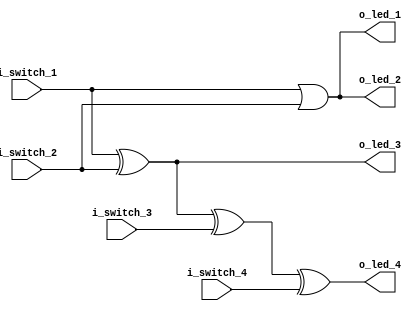
module switches_logic 
    (input i_switch_1,
     input i_switch_2,
     input i_switch_3,
     input i_switch_4,
     output o_led_1,
     output o_led_2,
     output o_led_3,
     output o_led_4);


assign  o_led_1 = i_switch_1 | i_switch_2;
assign  o_led_2 = i_switch_1 | i_switch_2;
assign  o_led_3 = i_switch_1 ^ i_switch_2;
assign  o_led_4 = i_switch_1 ^ i_switch_2 ^ i_switch_3 ^ i_switch_4;
 
endmodule